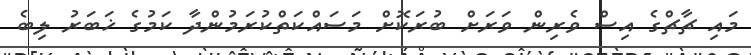
މައި ޗާޗްގެ އިސް ވެރިން ވަރަށް ބުރަކޮށް މަސައްކަތްކުރަމުންދާ ކަމުގެ ޚަބަރު ލިބެ